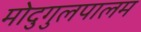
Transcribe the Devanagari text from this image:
मोदुगुलपालम